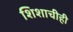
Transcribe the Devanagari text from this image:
शिशाचीही